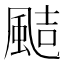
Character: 𩗊